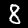
Digit: 8